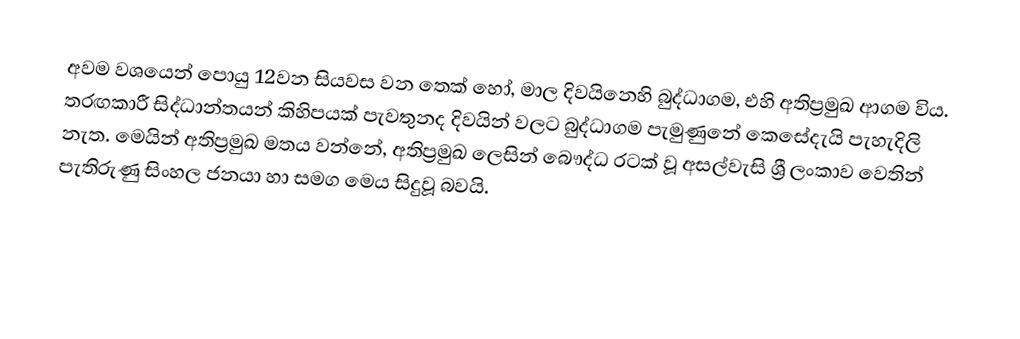
අවම වශයෙන් පොයු 12වන සියවස වන තෙක් හෝ,  මාල දිවයිනෙහි බුද්ධාගම, එහි අතිප්‍රමුඛ ආගම විය. තරඟකාරී සිද්ධාන්තයන් කිහිපයක් පැවතුනද දිවයින් වලට බුද්ධාගම පැමුණුනේ කෙසේදැයි පැහැදිලි නැත. මෙයින් අතිප්‍රමුඛ  මතය වන්නේ, අතිප්‍රමුඛ ලෙසින් බෞද්ධ රටක් වූ   අසල්වැසි ශ්‍රී ලංකාව  වෙතින් පැතිරුණු  සිංහල ජනයා හා සමග මෙය සිදුවූ  බවයි.